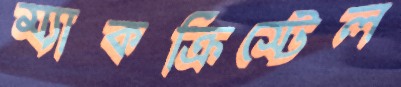
ম্যাকক্রিস্টেল